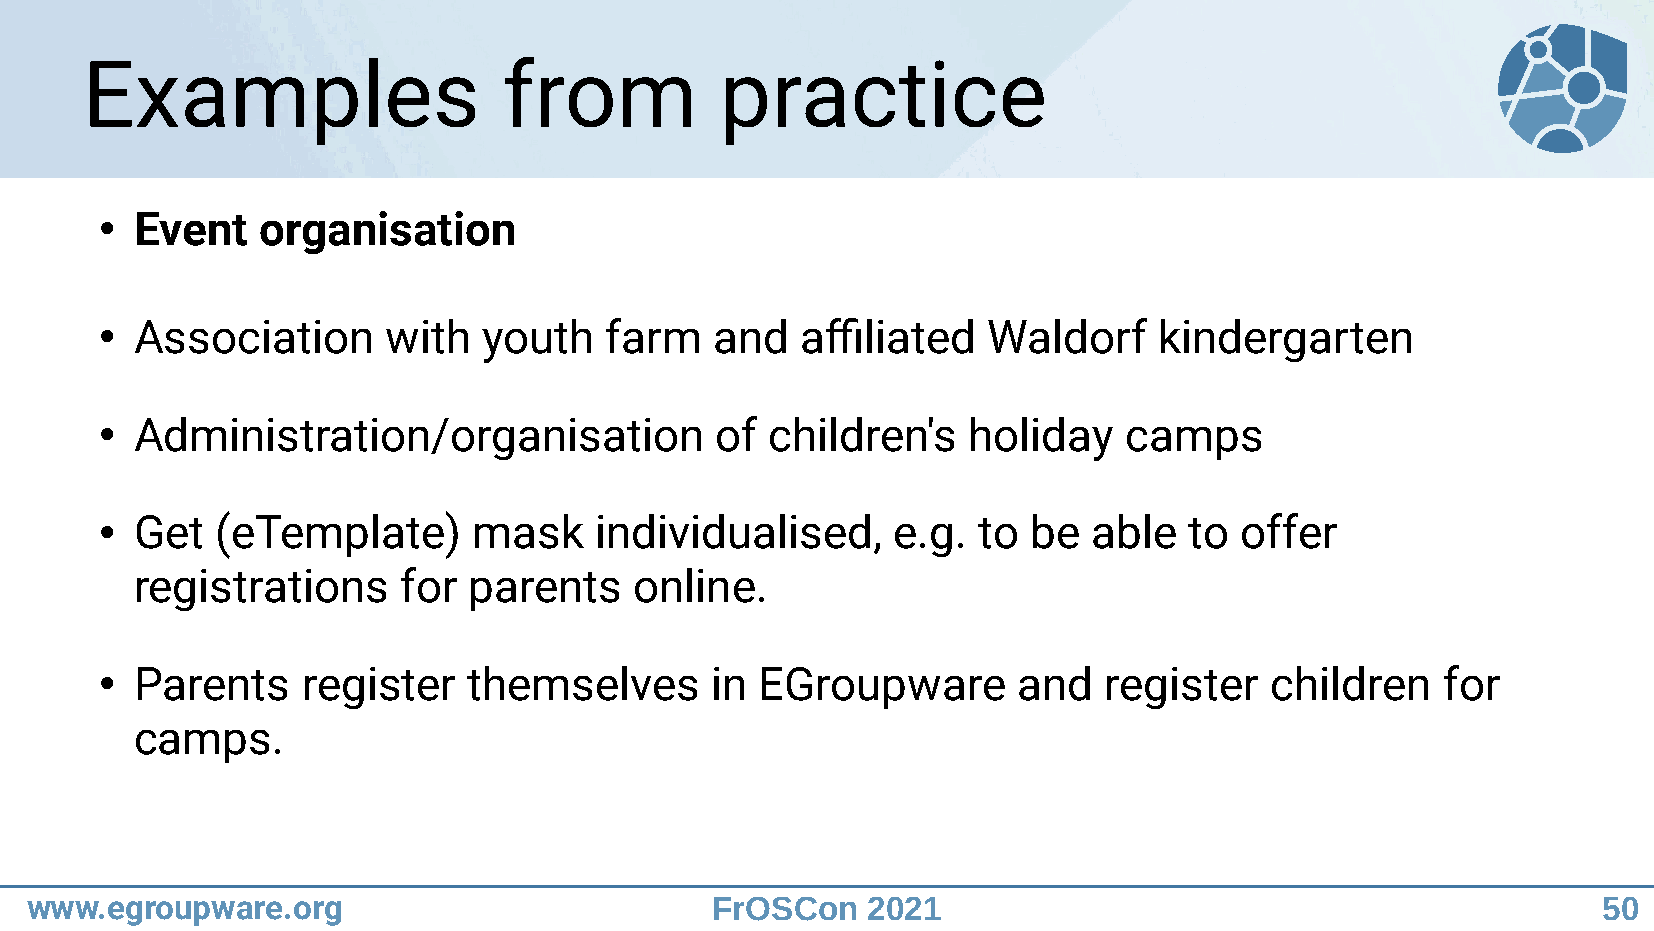
Examples                    from           practice
 Event   organisation
 ●
 Association     with   youth   farm   and   affiliated  Waldorf     kindergarten
 ●
 Administration/organisation           of  children's   holiday   camps
 ●
 Get  (eTemplate)      mask    individualised,     e.g.  to be  able   to offer
 ●
 registrations    for  parents    online.
 Parents    register   themselves      in EGroupware       and   register   children   for
 ●
 camps.
 www.egroupware.org                           FrOSCon   2021                                             50